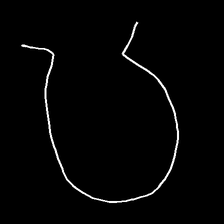
Glyph: weave